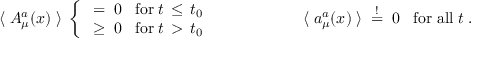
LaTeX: \langle \; A _ { \mu } ^ { a } ( x ) \; \rangle \; \left\{ \begin{array} { l l } { { \; = \; 0 \; \; \; \mathrm { f o r } \; t \, \le \, t _ { 0 } } } \\ { { \; \ge \; 0 \; \; \; \mathrm { f o r } \; t \, > \, t _ { 0 } } } \end{array} \right. \; \; \; \; \; \; \; \; \; \; \; \; \; \; \; \; \; \; \; \; \langle \; a _ { \mu } ^ { a } ( x ) \; \rangle \; \stackrel { ! } { = } \; 0 \; \; \; \mathrm { f o r ~ a l l } \; t \; .